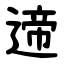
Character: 遆